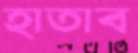
হাতাব